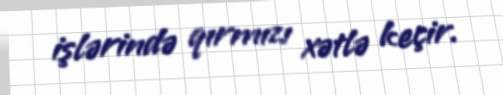
işlərində qırmızı xətlə keçir.